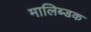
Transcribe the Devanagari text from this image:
मालिब्डक